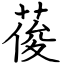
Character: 葰